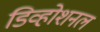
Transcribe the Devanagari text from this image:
डिव्होशनल